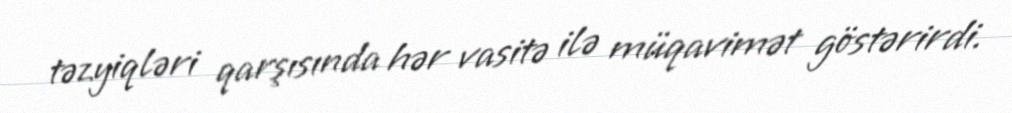
təzyiqləri qarşısında hər vasitə ilə müqavimət göstərirdi.